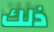
ذلك